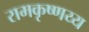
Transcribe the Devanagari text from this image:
रामकृष्णय्य